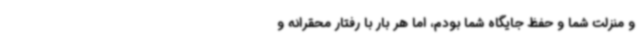
و منزلت شما و حفظ جایگاه شما بودم، اما هر بار با رفتار محقرانه و